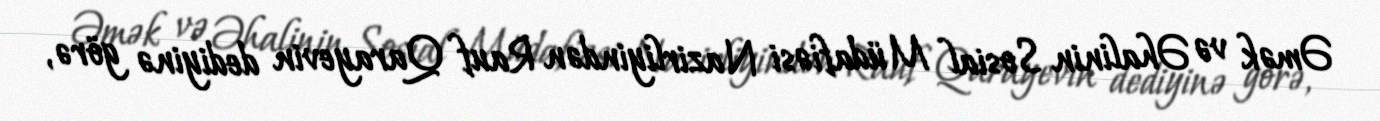
Əmək və Əhalinin Sosial Müdafiəsi Nazirliyindən Rauf Qarayevin dediyinə görə,